Lunatic asylums United Provinces 1909-1921 - 1909-1921
Year: 1909
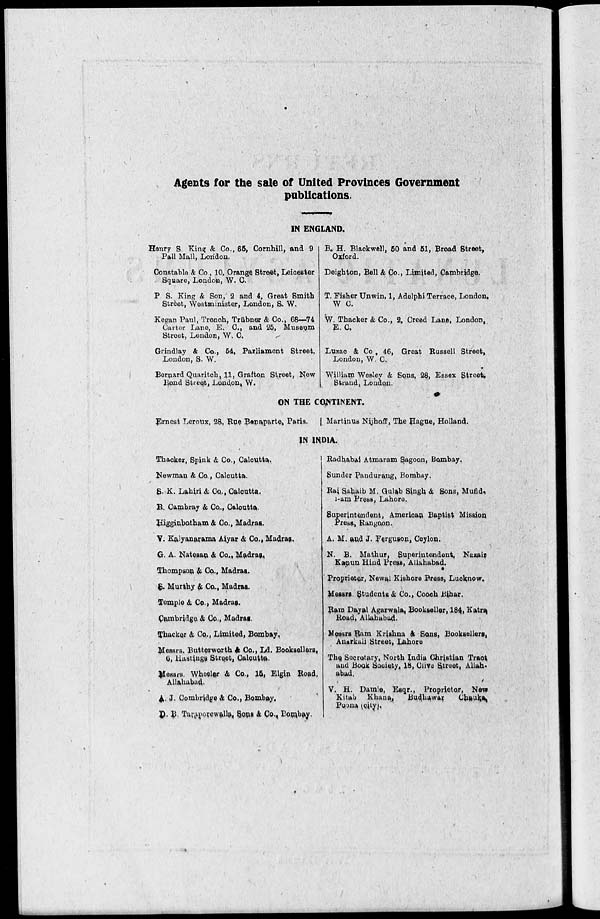
Agents for the sale of United Provinces Government
publications.
IN ENGLAND.
Henry S. King & Co., 65, Cornhill, and 9
Pall Mall, London.
Constable & Co , 10, Orange Street, Leicester
Square, London, W. C.
P S. King & Son, 2 and 4, Great Smith
Street, Westminister, London, S. W.
Kegan Paul, Trench, Trübner & Co., 68—74
Cartor Lane, E. C., and 25, Museum
Street, London, W. C.
Grindlay & Co., 54, Parliament Street,
London, S. W.
Bernard Quaritch, 11, Grafton Street, New
Bond Street, London, W.
B. H. Blackwell, 50 and 51, Broad Street,
Oxford.
Deighton, Bell & Co., Limited, Cambridge.
T. Fisher Unwin, 1, Adelphi Terrace, London
W C.
W. Thacker & Co., 2, Creed Lane, London,
E. C.
Luzac & Co, 46, Great Russell Street,
London, W. C.
William Wesley & Sons, 28, Essex Street,
Strand, London.
ON THE CONTINENT.
Ernest Leroux, 28, Rue Benaparte, Paris.
Martinus Nijhoff, The Hague, Holland.
IN INDIA.
Thacker, Spink & Co., Calcutta.
Newman & Co., Calcutta.
S. K. Lahiri & Co., Calcutta.
R. Cambray & Co., Calcutta.
Higginbotham & Co., Madras.
V. Kalyanarama Aiyar & Co., Madras.
G. A. Natesan & Co., Madras.
Thompson & Co., Madras.
S. Murthy & Co., Madras.
Temple & Co., Madras.
Cambridge & Co., Madras.
Thacker & Co., Limited, Bombay,
Messrs. Butterworth & Co., Ld. Booksellers,
6, Hastings Street, Calcutta.
Messrs. Wheeler & Co., 15, Elgin Road,
Allahabad.
A. J. Combridge & Co., Bombay.
D. B. Taraporewalla, Sons & Co., Bombay.
Radhabai Atmaram Sagoon, Bombay.
Sunder Pandurang, Bombay.
Rai Sahaib M. Gulab Singh & Sons, Mufid,
i-am Press, Lahore.
Superintendent, American Baptist Mission
Press, Rangoon.
A. M. and J. Ferguson, Ceylon.
N. B. Mathur, Superintendent, Nazair
Kanun Hind Press, Allahabad.
Proprietor, Newal Kishore Press, Lucknow.
Messrs Students & Co., Cooch Bihar.
Ram Dayal Agarwala, Bookseller, 184, Katra
Road, Allahabad.
Messrs Ram Krishna & Sons, Booksellers,
Anarkali Street, Lahore
The Secretary, North India Christian Tract
and Book Society, 18, Clive Street, Allah-
abad.
V. H. Damle, Esqr., Proprietor, New
Kitab Khana, Budhawar
Chauka
Poona (city).